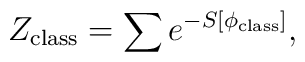
Z_{\rm class}=\sum e^{-S[\phi_{\rm class}]},